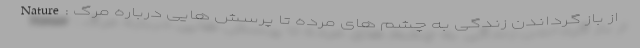
Nature: از باز گرداندن زندگی به چشم های مرده تا پرسش هایی درباره مرگ